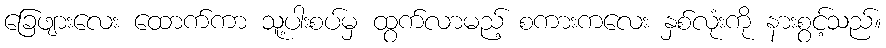
ခြေဖျားလေး ထောက်ကာ သူ့ပါးစပ်မှ ထွက်လာမည့် စကားကလေး နှစ်လုံးကို နားစွင့်သည်။